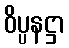
ဝိပ္ပနဋ္ဌာ